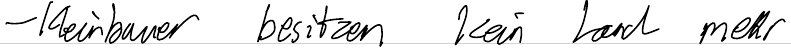
- Kleinbauer besitzen kein Land mehr